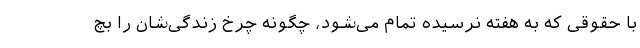
با حقوقی که به هفته نرسیده تمام می‌شود، چگونه چرخ زندگی‌شان را بچ